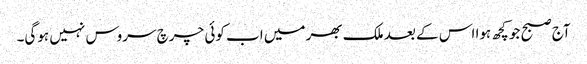
آج صبح جو کچھ ہوا اس کے بعد ملک بھر میں اب کوئی چرچ سروس نہیں ہوگی۔